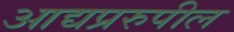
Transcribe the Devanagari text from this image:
आद्यप्ररुपील